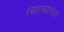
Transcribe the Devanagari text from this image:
त्यााच्यानंतर